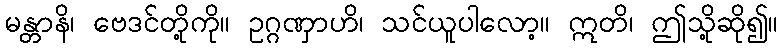
မန္တာနိ၊ ဗေဒင်တို့ကို။ ဥဂ္ဂဏှာဟိ၊ သင်ယူပါလော့။ ဣတိ၊ ဤသို့ဆို၍။